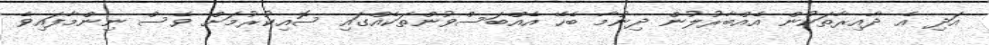
އަދި އެ ދާއިރާތަކުން އެއްބާރުލުން ދިނުމާ ބެހޭ އެއްބަސްވުންތަކެއްގައި ސޮއިކުރުމަށް ވެސް ނިންމާފައިވެ